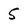
Character: 5